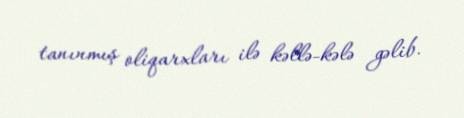
tanınmış oliqarxları ilə kəllə-kələ gəlib.